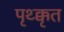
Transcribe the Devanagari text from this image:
पृथ्क्कृत